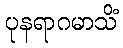
ပုနရာဂမာသိံ